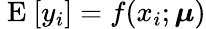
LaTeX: \mathrm{~E~}[y_{i}]=f(x_{i};\boldsymbol{\mu})